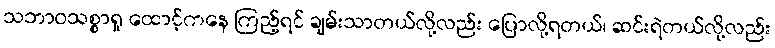
သဘာဝသစ္စာရှု ထောင့်ကနေ ကြည့်ရင် ချမ်းသာတယ်လို့လည်း ပြောလို့ရတယ်၊ ဆင်းရဲတယ်လို့လည်း